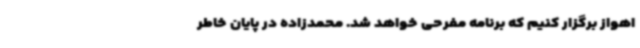
اهواز برگزار کنیم که برنامه مفرحی خواهد شد. محمدزاده در پایان خاطر